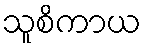
သူစိကာယ